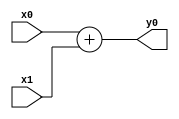
`timescale 1ns / 1ps
//////////////////////////////////////////////////////////////////////////////////
// Company: 
// Engineer: 
// 
// Design Name: 
// Module Name: mix1
// Project Name: 
// Target Devices: 
// Tool Versions: 
// Description: 
// 
// Dependencies: 
// 
// Revision:
// Revision 0.01 - File Created
// Additional Comments:
// 
//////////////////////////////////////////////////////////////////////////////////


module mix1(x0, x1, y0);
    input [63:0] x0;
    input [63:0] x1;
    output [63:0] y0;
    assign y0 = x0 + x1;
endmodule